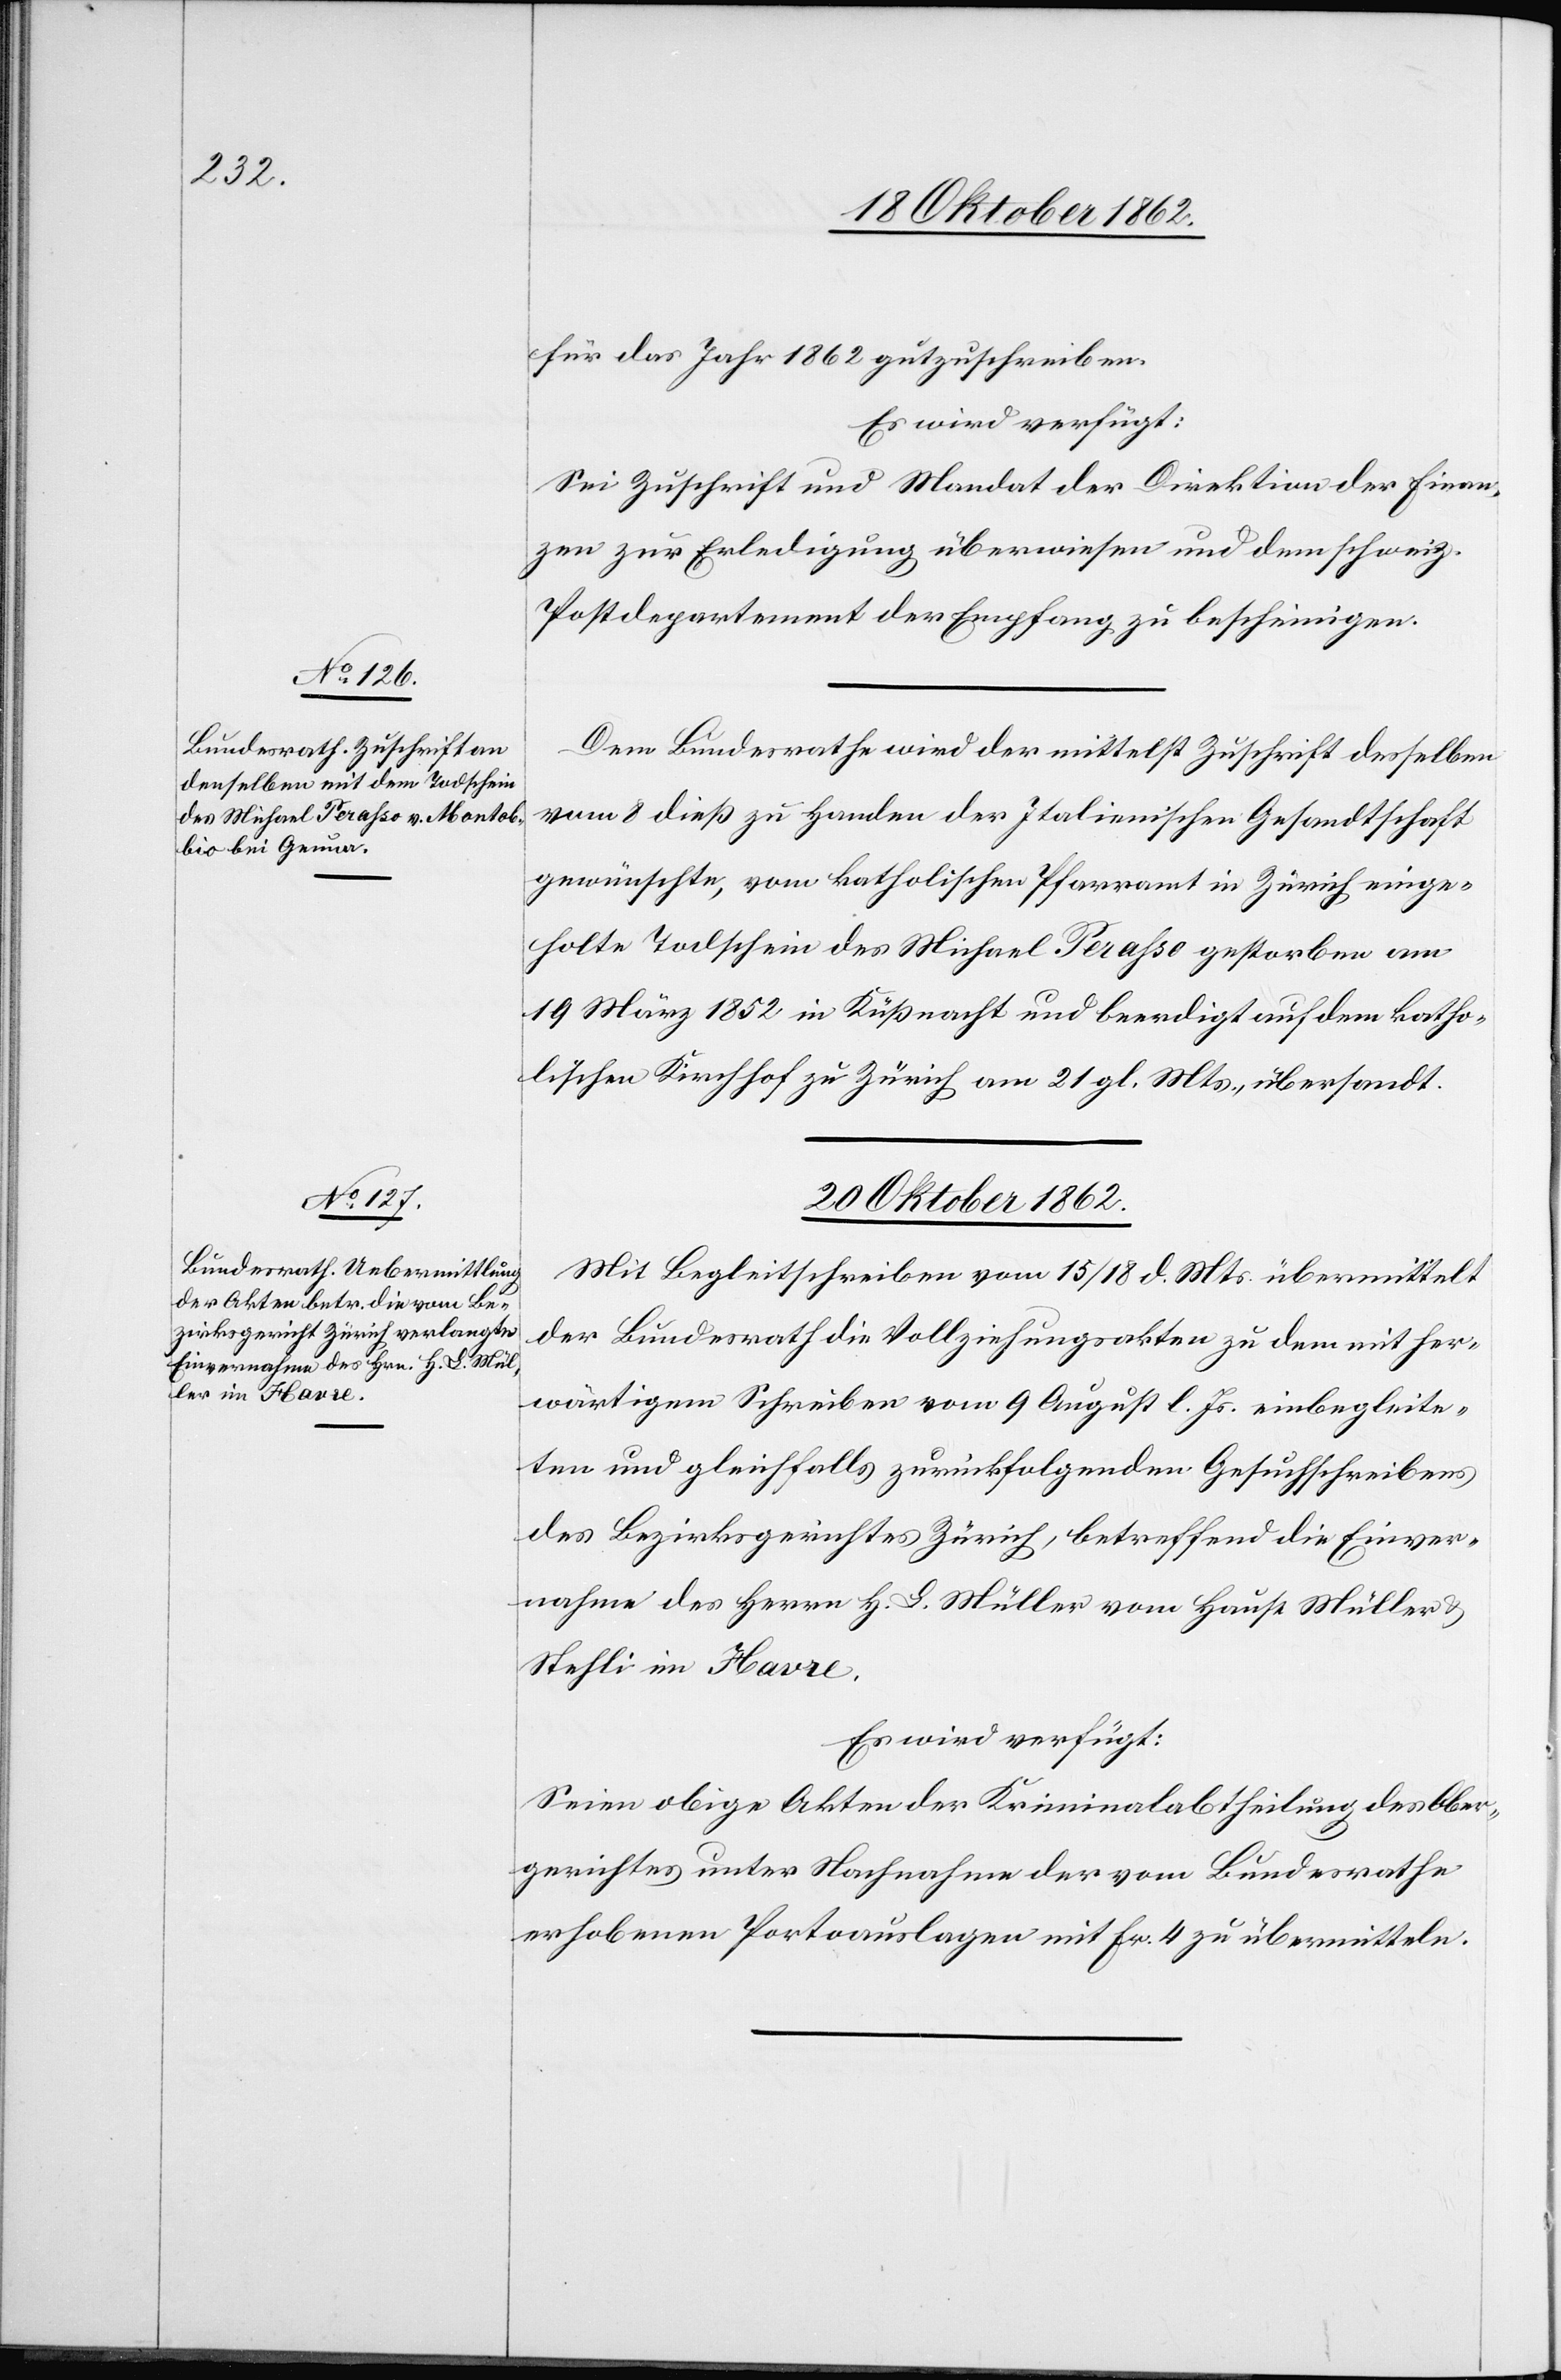
18. Oktober 1862.]
für das Jahr 1862 gutzuschreiben.
Es wird verfügt:
Sei Zuschrift und Mandat der Direktion der Finan¬
zen zur Erledigung überwiesen und dem schweiz.
Postdepartement der Empfang zu bescheinigen.
Dem Bundesrathe wird der mittelst Zuschrift desselben
vom 8. dieß zu Handen der Italienischen Gesandtschaft
gewünschte, vom katholischen Pfarramt in Zürich einge¬
holte Todschein des Michael Perasso gestorben am
19. März 1852 in Küßnacht und beerdigt auf dem katho¬
lischen Kirchhof zu Zürich am 21. gl. Mts., übersandt.
20. Oktober 1862.
Mit Begleitschreiben vom 15/18. d. Mts. übermittelt
der Bundesrath die Vollziehungsakten zu dem mit her¬
wärtigem Schreiben vom 9. August l. Js. einbegleite¬
ten und gleichfalls zurückfolgenden Gesuchschreibens
des Bezirksgerichtes Zürich, betreffend die Einver¬
nahme des Herrn H. L. Müller vom Hause Müller u.
Stehli in Havre.
Es wird verfügt:
Seien obige Akten der Kriminalabtheilung des Ober¬
gerichtes unter Nachnahme der vom Bundesrathe
erhobenen Portoauslagen mit fr. 4 zu übermitteln.